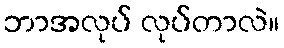
ဘာအလုပ် လုပ်တာလဲ။